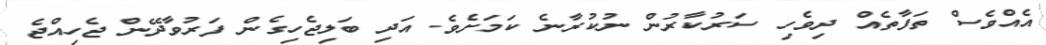
އެއްވެސް ތަފާތެއް ދިވެހި ސަރުކާރުން ނުކުރާނެ ކަމަށެވެ. އަދި ބަލިޖެހިގެން ފަރުވާދޭން ޖެހިއްޖެ